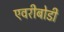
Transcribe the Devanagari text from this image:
एवरीबोडी